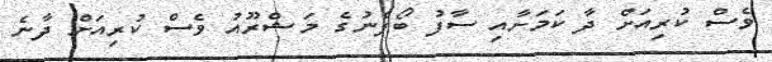
ވެސް ކުރިއަށް ދާ ކަމަށާއި ސާފު ބޯފެނުގެ މަޝްރޫއު ވެސް ކުރިއަށް ދާނެ